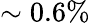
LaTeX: \sim 0.6\%